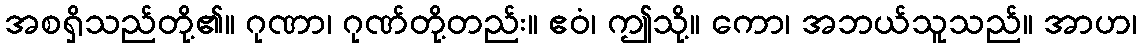
အစရှိသည်တို့၏။ ဂုဏာ၊ ဂုဏ်တို့တည်း။ ဧဝံ၊ ဤသို့။ ကော၊ အဘယ်သူသည်။ အာဟ၊